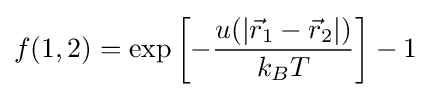
f(1,2)=\exp \left[-{\frac {u(|{\vec {r}}_{1}-{\vec {r}}_{2}|)}{k_{B}T}}\right]-1